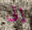
إلى